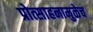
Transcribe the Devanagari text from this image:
प्रोत्साहनामुळेच